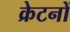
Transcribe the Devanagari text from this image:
क्रेटनों